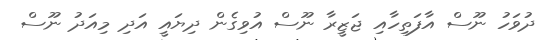
ދުވަހު ނޫސް އާފަތިހާއި ޖަޒީރާ ނޫސް އުވިގެން ދިޔައީ އަދި މިއަދު ނޫސް